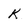
Character: k